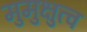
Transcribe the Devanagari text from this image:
मुमुक्षुत्व